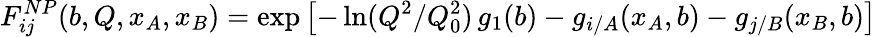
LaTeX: F_{ij}^{NP}(b,Q,x_{A},x_{B})=\exp\left[-\ln(Q^{2}/Q_{0}^{2})\, g_{1}(b)-g_{i/A}(x_{A},b)-g_{j/B}(x_{B},b)\right]